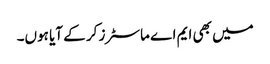
میں بھی ایم اے ماسٹرز کر کے آیا ہوں۔